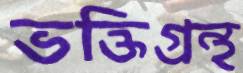
ভক্তিগ্রন্থ